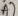
Text: A7